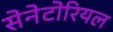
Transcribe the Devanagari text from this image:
सेनेटोरियल